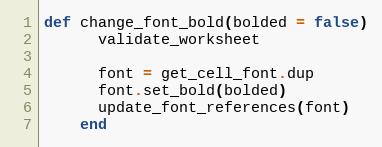
Language: Ruby
def change_font_bold(bolded = false)
      validate_worksheet

      font = get_cell_font.dup
      font.set_bold(bolded)
      update_font_references(font)
    end